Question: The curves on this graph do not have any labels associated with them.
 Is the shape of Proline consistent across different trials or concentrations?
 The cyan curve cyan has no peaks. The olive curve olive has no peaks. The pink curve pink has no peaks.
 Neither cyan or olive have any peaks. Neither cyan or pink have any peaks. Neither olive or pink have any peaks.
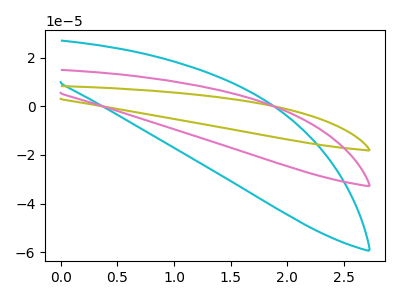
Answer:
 <answer>All the CV's of "Proline" have similar shape.</answer>
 <eval>follow_rule</eval>